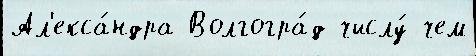
Ал'екса́ндра Волгогра́д числу́ чем